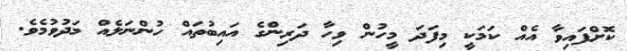
ކޮށްފައިވާ އެއް ކަމަކީ މިފަދަ މީހުން ވިހާ ދަރިންގެ އައިބުތައް ހުންނަލެއް މަދުވުމެވެ.